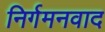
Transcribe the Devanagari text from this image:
निर्गमनवाद